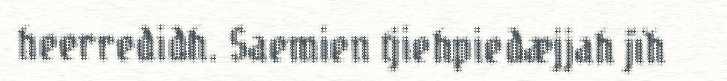
heerredidh. Saemien tjiehpiedæjjah jïh